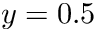
y = 0 . 5